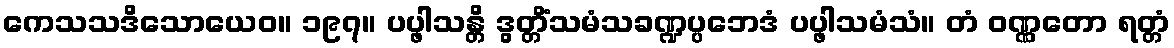
ကေသသဒိသောယေဝ။ ၁၉၇။ ပပ္ဖါသန္တိ ဒွတ္တိံသမံသခဏ္ဍပ္ပဘေဒံ ပပ္ဖါသမံသံ။ တံ ဝဏ္ဏတော ရတ္တံ